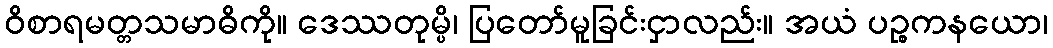
ဝိစာရမတ္တသမာဓိကို။ ဒေဿတုမ္ပိ၊ ပြတော်မူခြင်းငှာလည်း။ အယံ ပဉ္စကနယော၊